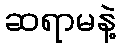
ဆရာမနဲ့